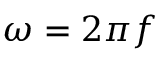
\omega = { 2 \pi f }